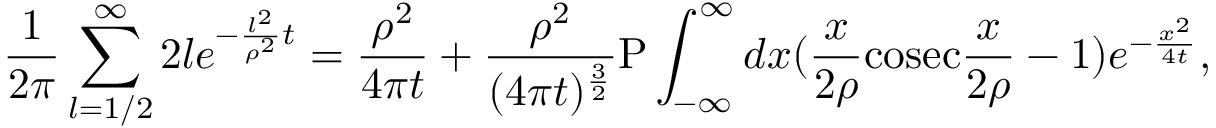
{ \frac { 1 } { 2 \pi } } \sum _ { l = 1 / 2 } ^ { \infty } 2 l e ^ { - { \frac { l ^ { 2 } } { \rho ^ { 2 } } } t } = { \frac { \rho ^ { 2 } } { 4 \pi t } } + { \frac { \rho ^ { 2 } } { ( 4 \pi t ) ^ { \frac { 3 } { 2 } } } } \mathrm { P } \int _ { - \infty } ^ { \infty } d x ( { \frac { x } { 2 \rho } } \mathrm { c o s e c } { \frac { x } { 2 \rho } } - 1 ) e ^ { - { \frac { x ^ { 2 } } { 4 t } } } ,